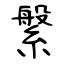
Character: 縏